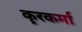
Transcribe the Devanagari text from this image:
कॄरकर्मा